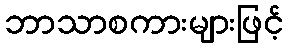
ဘာသာစကားများဖြင့်